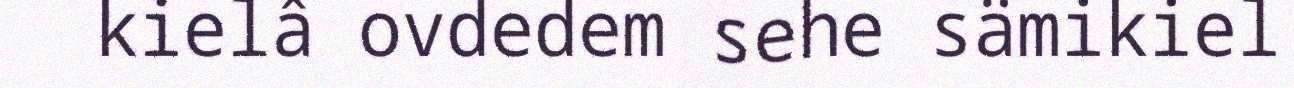
kielâ ovdedem sehe sämikiel